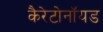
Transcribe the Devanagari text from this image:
कैरेटोनॉयड